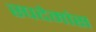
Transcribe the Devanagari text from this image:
स्पदेमांस